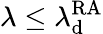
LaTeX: \lambda\leq\lambda_{\mathrm{d}}^{\mathrm{RA}}